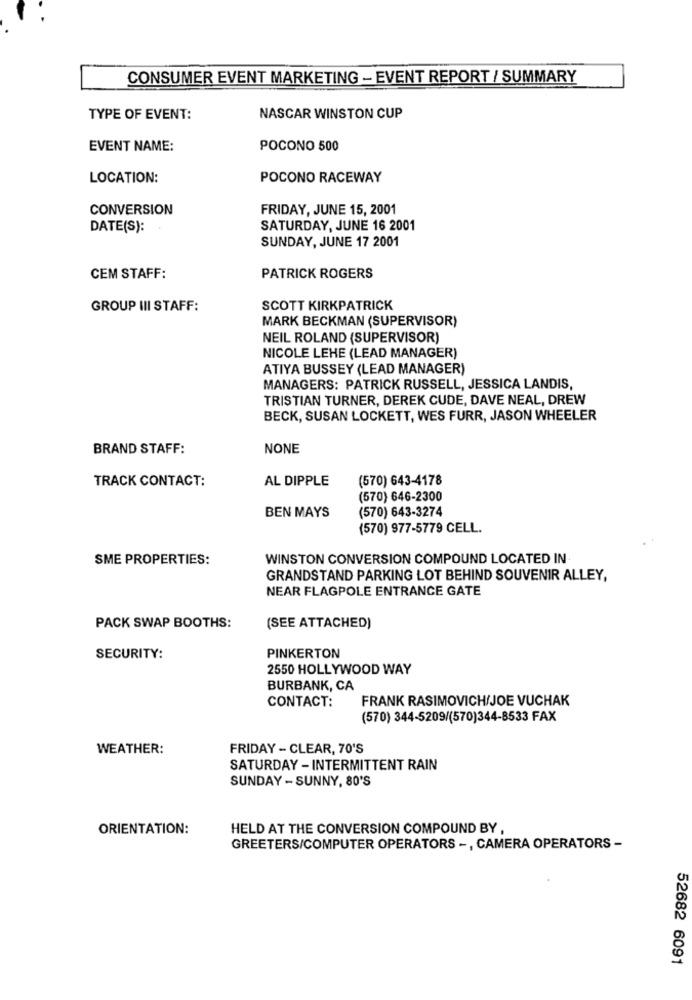
CONSUMER EVENT MARKETING - EVENT REPORT / SUMMARY
TYPE OF EVENT:
NASCAR WINSTON CUP
EVENT NAME:
POCONO 500
LOCATION:
POCONO RACEWAY
CONVERSION
FRIDAY, JUNE 15, 2001
DATE(S):
SATURDAY, JUNE 16 2001
SUNDAY, JUNE 17 2001
CEM STAFF:
PATRICK ROGERS
GROUP III STAFF:
SCOTT KIRKPATRICK
MARK BECKMAN (SUPERVISOR)
NEIL ROLAND (SUPERVISOR)
NICOLE LEHE (LEAD MANAGER)
ATIYA BUSSEY (LEAD MANAGER)
MANAGERS: PATRICK RUSSELL, JESSICA LANDIS,
TRISTIAN TURNER, DEREK CUDE, DAVE NEAL, DREW
BECK, SUSAN LOCKETT, WES FURR, JASON WHEELER
BRAND STAFF:
NONE
TRACK CONTACT:
AL DIPPLE
(570) 643-4178
(570) 646-2300
(570) 643-3274
BEN MAYS
(570) 977-5779 CELL.
SME PROPERTIES:
WINSTON CONVERSION COMPOUND LOCATED IN
GRANDSTAND PARKING LOT BEHIND SOUVENIR ALLEY,
NEAR FLAGPOLE ENTRANCE GATE
PACK SWAP BOOTHS:
(SEE ATTACHED)
SECURITY:
PINKERTON
2550 HOLLYWOOD WAY
BURBANK, CA
CONTACT:
FRANK RASIMOVICH/JOE VUCHAK
(570) 344-5209/(570)344-8533 FAX
WEATHER:
FRIDAY - CLEAR, 70'S
SATURDAY - INTERMITTENT RAIN
SUNDAY - SUNNY, 80'S
ORIENTATION:
HELD AT THE CONVERSION COMPOUND BY ,
GREETERS/COMPUTER OPERATORS -, CAMERA OPERATORS -
52682 6091